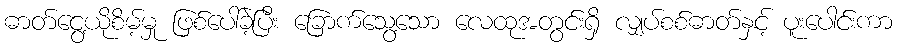
ဓာတ်ငွေ့ယိုစိမ့်မှု ဖြစ်ပေါ်ခဲ့ပြီး ခြောက်သွေ့သော လေထုအတွင်းရှိ လျှပ်စစ်ဓာတ်နှင့် ပူးပေါင်းကာ